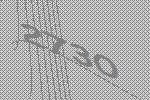
2730